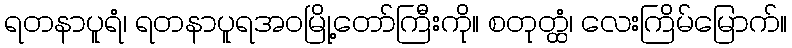
ရတနာပူရံ၊ ရတနာပူရအဝမြို့တော်ကြီးကို။ စတုတ္ထံ၊ လေးကြိမ်မြောက်။